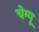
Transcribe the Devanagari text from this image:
चेम्पू